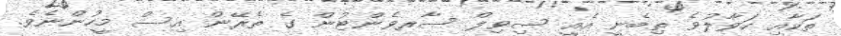
ތަކާއި ހަވާލުވެ ތިބެނީ އެއީ ސިވިލް ސާރވެންޓުން ގެ ތެރޭން އިސް މީހުންނެވެ.